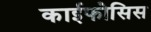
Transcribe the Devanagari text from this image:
काईफोसिस